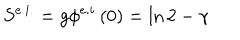
S ^ { e . i . } = g \phi ^ { e . i . } ( 0 ) = \ln 2 - \gamma